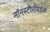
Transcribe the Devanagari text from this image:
नॉनस्टीरॉयडल